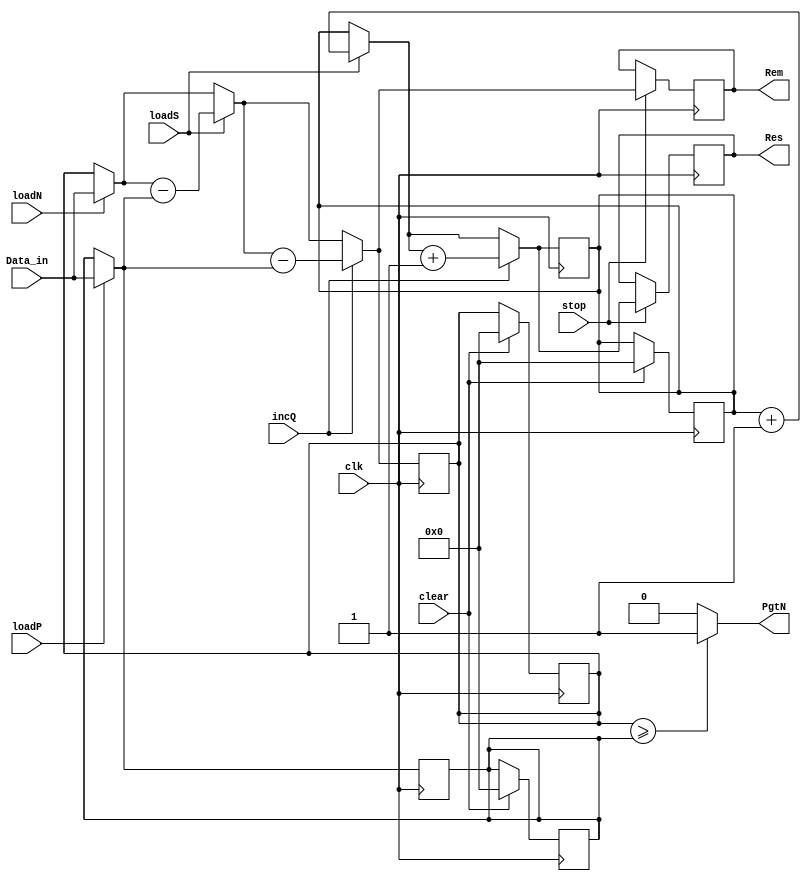
module div_datapath(clk,Data_in,loadN,loadP,loadS,clear,incQ,stop,PgtN,Res,Rem);
    input clk;
    input [7:0]Data_in;
    input loadN,loadP,loadS,clear,incQ,stop;
    output [7:0]Res,Rem;
    output PgtN;
    // loadN --> load N in dividend loadP --> load P in divisor
    // load S --> (dividend - divisor) stored in dividend 
    // reg counter;
    reg [7:0] temp;
    reg [7:0]dividend;
    reg [7:0]divisor;
    reg [7:0]Q;
    reg [7:0]res,rem;

    assign PgtN = (dividend >= divisor)?1:0;

    always @(posedge clk) begin
        if (clear) begin
            dividend = 8'b0;
            divisor = 8'b0;
            temp = 8'b0;
            Q = 8'b0;
        end
    end
    always @(posedge clk) begin
        if (loadN) begin
            dividend = Data_in;
        end
        if (loadP) begin
            divisor = Data_in;            
        end
        if (loadS) begin
            temp = dividend;
            dividend = dividend - divisor;
            Q = Q + 1;
        end
        if (incQ) begin
            temp = dividend;
            dividend = dividend - divisor;
            Q = Q + 1;
        end
        if (stop) begin
            res = Q;
            rem = dividend;
        end
    end

assign Res = res;
assign Rem = rem;

endmodule